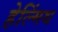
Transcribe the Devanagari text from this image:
हेल्मिंथ